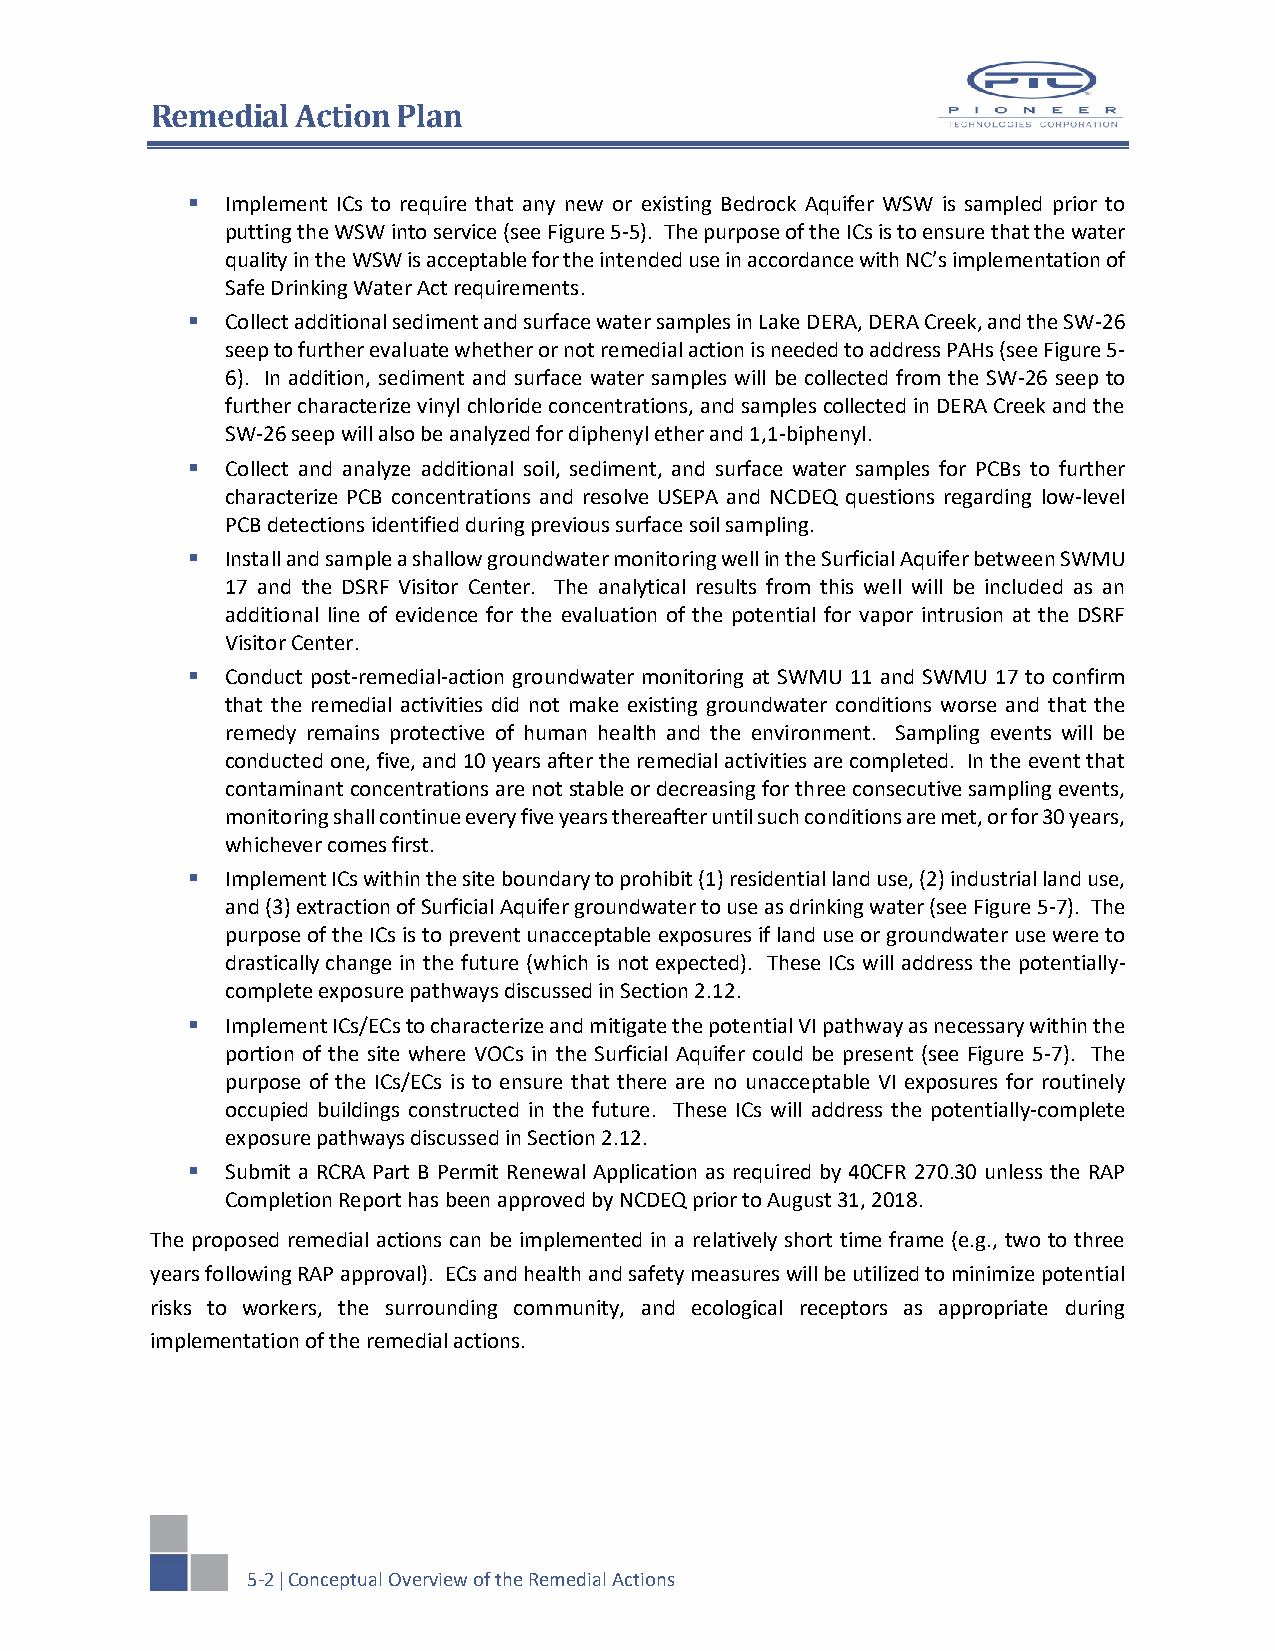
Remedial  Action Plan
   Implement ICs to require that any new or existing Bedrock Aquifer WSW is sampled prior to
 putting the WSW into service (see Figure 5-5). The purpose of the ICs is to ensure that the water
 quality in the WSW is acceptable for the intended use in accordance with NC’s implementation of
 Safe Drinking Water Act requirements.
   Collect additional sediment and surface water samples in Lake DERA, DERA Creek, and the SW-26
 seep to further evaluate whether or not remedial action is needed to address PAHs (see Figure 5-
 6). In addition, sediment and surface water samples will be collected from the SW-26 seep to
 further characterize vinyl chloride concentrations, and samples collected in DERA Creek and the
 SW-26 seep will also be analyzed for diphenyl ether and 1,1-biphenyl.
   Collect and analyze additional soil, sediment, and surface water samples for PCBs to further
 characterize PCB concentrations and resolve USEPA and NCDEQ questions regarding low-level
 PCB detections identified during previous surface soil sampling.
   Install and sample a shallow groundwater monitoring well in the Surficial Aquifer between SWMU
 17 and the DSRF Visitor Center. The analytical results from this well will be included as an
 additional line of evidence for the evaluation of the potential for vapor intrusion at the DSRF
 Visitor Center.
   Conduct post-remedial-action groundwater monitoring at SWMU 11 and SWMU 17 to confirm
 that the remedial activities did not make existing groundwater conditions worse and that the
 remedy remains protective of human health and the environment. Sampling events will be
 conducted one, five, and 10 years after the remedial activities are completed. In the event that
 contaminant concentrations are not stable or decreasing for three consecutive sampling events,
 monitoring shall continue every five years thereafter until such conditions are met, or for 30 years,
 whichever comes first.
   Implement ICs within the site boundary to prohibit (1) residential land use, (2) industrial land use,
 and (3) extraction of Surficial Aquifer groundwater to use as drinking water (see Figure 5-7). The
 purpose of the ICs is to prevent unacceptable exposures if land use or groundwater use were to
 drastically change in the future (which is not expected). These ICs will address the potentially-
 complete exposure pathways discussed in Section 2.12.
   Implement ICs/ECs to characterize and mitigate the potential VI pathway as necessary within the
 portion of the site where VOCs in the Surficial Aquifer could be present (see Figure 5-7). The
 purpose of the ICs/ECs is to ensure that there are no unacceptable VI exposures for routinely
 occupied buildings constructed in the future. These ICs will address the potentially-complete
 exposure pathways discussed in Section 2.12.
   Submit a RCRA Part B Permit Renewal Application as required by 40CFR 270.30 unless the RAP
 Completion Report has been approved by NCDEQ prior to August 31, 2018.
 The proposed remedial actions can be implemented in a relatively short time frame (e.g., two to three
 years following RAP approval). ECs and health and safety measures will be utilized to minimize potential
 risks to workers, the surrounding community, and ecological receptors as appropriate during
 implementation of the remedial actions.
 5-2  Conceptual Overview of the Remedial Actions